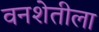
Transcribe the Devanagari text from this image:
वनशेतीला